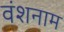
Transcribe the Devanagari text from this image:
वंशनाम